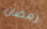
رمضان